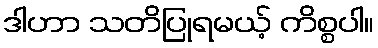
ဒါဟာ သတိပြုရမယ့် ကိစ္စပါ။